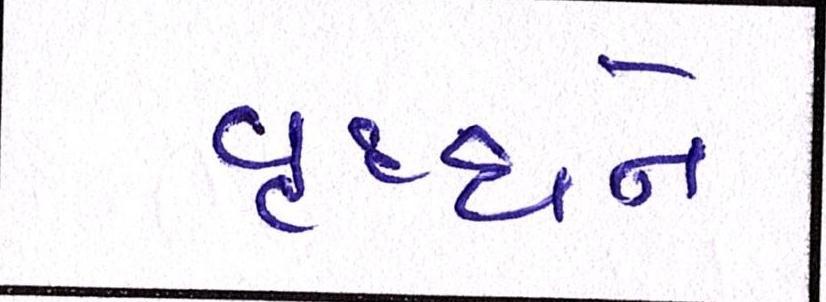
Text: વૃધ્ધને